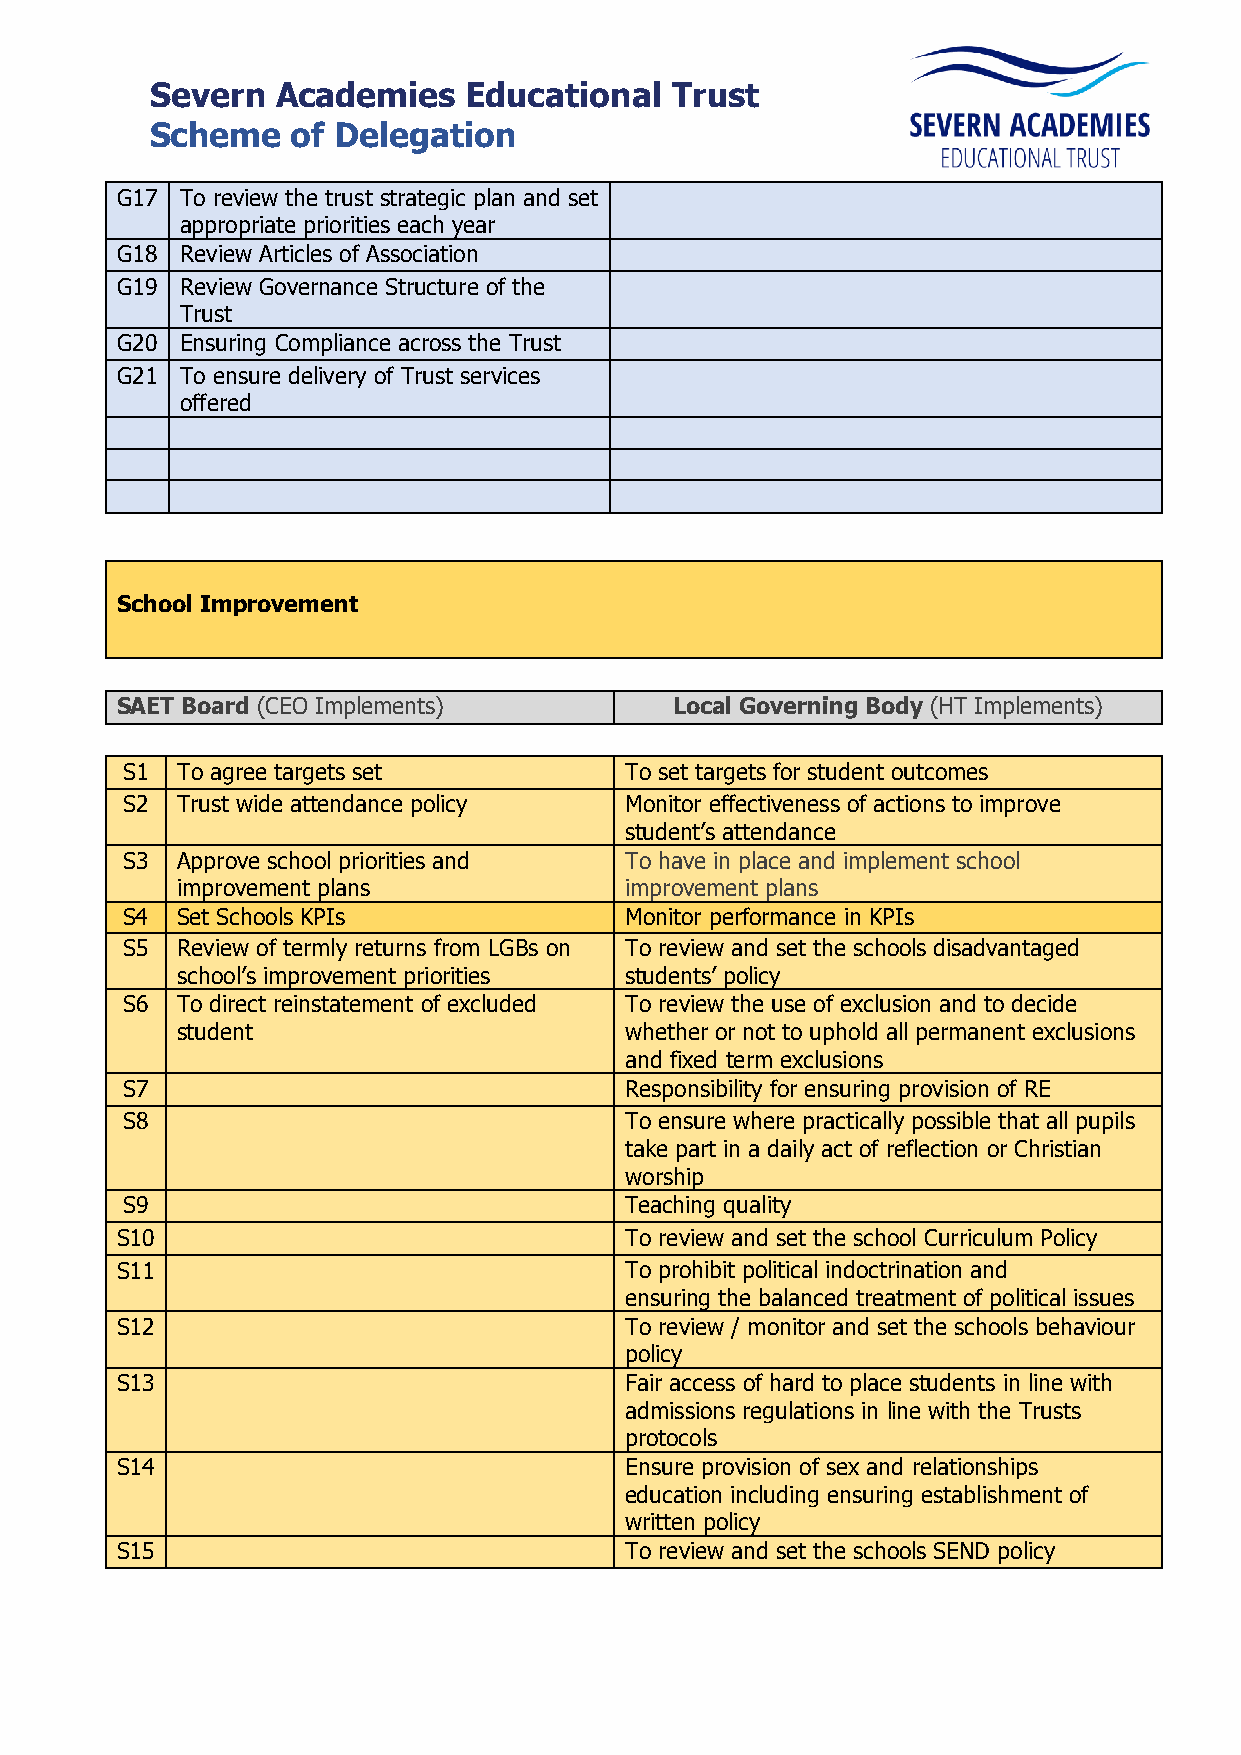
Severn  Academies    Educational  Trust
 Scheme   of Delegation
 G17 To review the trust strategic plan and set
 appropriate priorities each year
 G18 Review Articles of Association
 G19 Review Governance Structure of the
 Trust
 G20 Ensuring Compliance across the Trust
 G21 To ensure delivery of Trust services
 offered
 School Improvement
 SAET Board (CEO Implements)          Local Governing Body (HT Implements)
 S1  To agree targets set         To set targets for student outcomes
 S2  Trust wide attendance policy Monitor effectiveness of actions to improve
 student’s attendance
 S3  Approve school priorities and To have in place and implement school
 improvement plans            improvement plans
 S4  Set Schools KPIs             Monitor performance in KPIs
 S5  Review of termly returns from LGBs on To review and set the schools disadvantaged
 school’s improvement priorities students’ policy
 S6  To direct reinstatement of excluded To review the use of exclusion and to decide
 student                      whether or not to uphold all permanent exclusions
 and fixed term exclusions
 S7                               Responsibility for ensuring provision of RE
 S8                               To ensure where practically possible that all pupils
 take part in a daily act of reflection or Christian
 worship
 S9                               Teaching quality
 S10                              To review and set the school Curriculum Policy
 S11                              To prohibit political indoctrination and
 ensuring the balanced treatment of political issues
 S12                              To review / monitor and set the schools behaviour
 policy
 S13                              Fair access of hard to place students in line with
 admissions regulations in line with the Trusts
 protocols
 S14                              Ensure provision of sex and relationships
 education including ensuring establishment of
 written policy
 S15                              To review and set the schools SEND policy